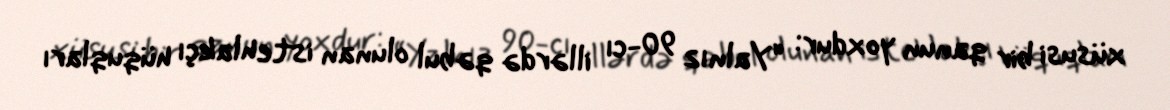
xüsusi bir qanun yoxdur: “Yalnız 90-cı illərdə qəbul olunan istehlakçı hüquqları